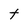
Character: t